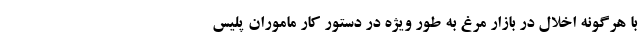
با هرگونه اخلال در بازار مرغ به طور ویژه در دستور کار ماموران پلیس